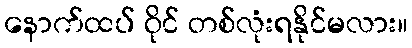
နောက်ထပ် ဝိုင် တစ်လုံးရနိုင်မလား။